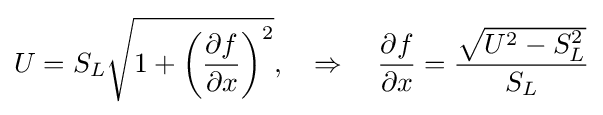
U=S_{L}{\sqrt {1+\left({\frac {\partial f}{\partial x}}\right)^{2}}},\quad \Rightarrow \quad {\frac {\partial f}{\partial x}}={\frac {\sqrt {U^{2}-S_{L}^{2}}}{S_{L}}}